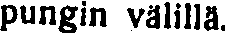
pungin välillä.